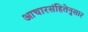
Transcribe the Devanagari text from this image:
आचारसंहितेनुसार